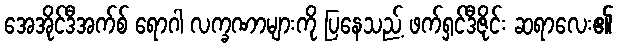
အေအိုင်ဒီအက်စ် ရောဂါ လက္ခဏာများကို ပြနေသည့် ဖက်ရှင်ဒီဇိုင်း ဆရာလေး၏